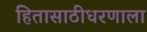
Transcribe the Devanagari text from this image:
हितासाठीधरणाला